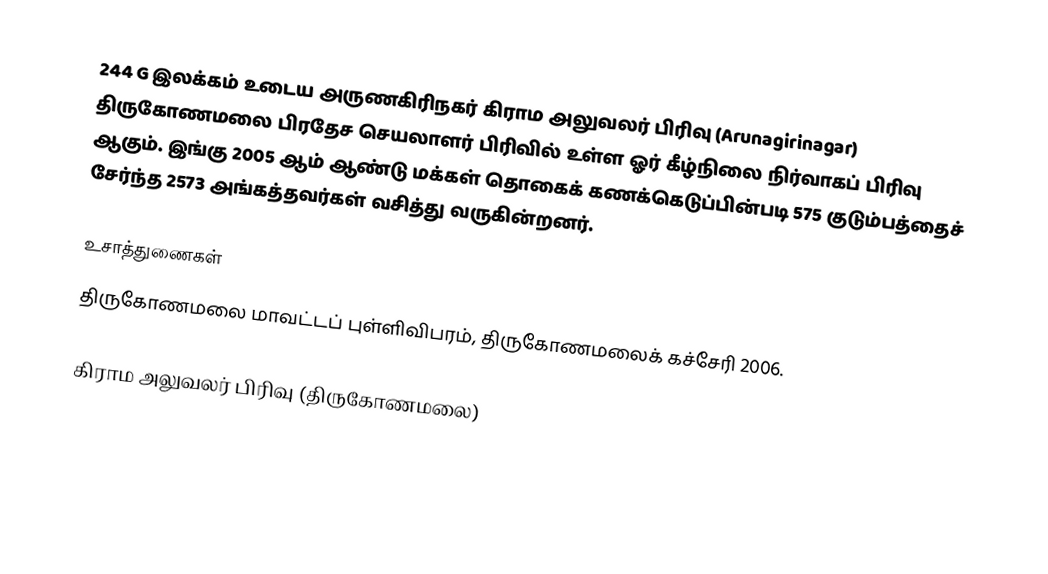
244 G இலக்கம்  உடைய அருணகிரிநகர் கிராம அலுவலர் பிரிவு  (Arunagirinagar) திருகோணமலை பிரதேச செயலாளர் பிரிவில் உள்ள ஓர் கீழ்நிலை நிர்வாகப் பிரிவு ஆகும். இங்கு 2005 ஆம் ஆண்டு மக்கள் தொகைக் கணக்கெடுப்பின்படி 575 குடும்பத்தைச் சேர்ந்த 2573 அங்கத்தவர்கள் வசித்து வருகின்றனர்.

உசாத்துணைகள்
திருகோணமலை மாவட்டப் புள்ளிவிபரம், திருகோணமலைக் கச்சேரி 2006.

கிராம அலுவலர் பிரிவு (திருகோணமலை)